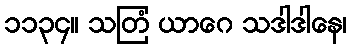
၁၁၃၄။ သတြံ ယာဂေ သဒါဒါနေ၊